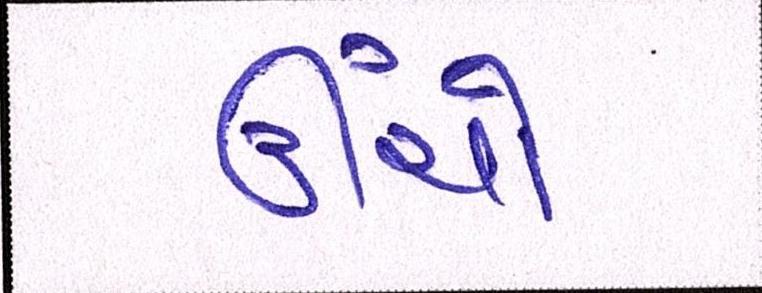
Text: ઊંચો